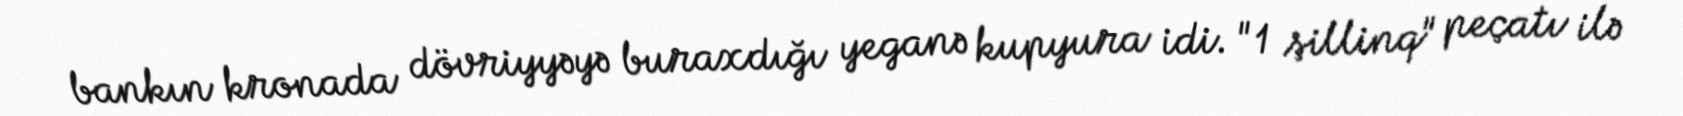
bankın kronada dövriyyəyə buraxdığı yeganə kupyura idi. "1 şillinq" peçatı ilə